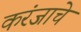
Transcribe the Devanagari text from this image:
करंजाचे